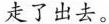
\underline{走了出去。 }